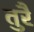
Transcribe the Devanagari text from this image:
तुरै